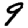
Digit: 9